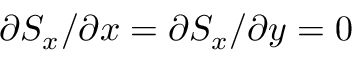
\partial S _ { x } / \partial x = \partial S _ { x } / \partial y = 0